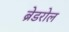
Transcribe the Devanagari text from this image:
ब्रेडरोल